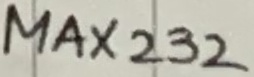
Text: MAX232